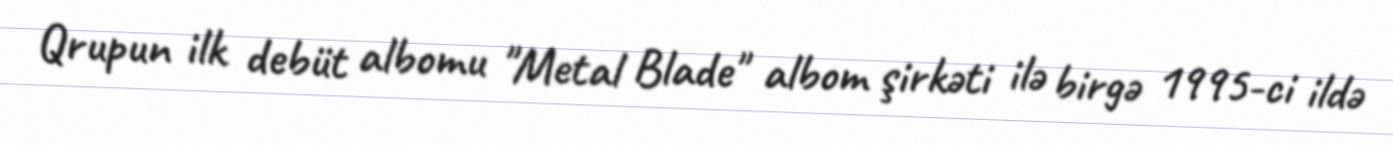
Qrupun ilk debüt albomu "Metal Blade" albom şirkəti ilə birgə 1995-ci ildə